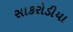
સાકરોડીયા